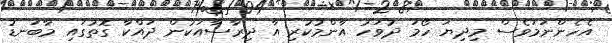
އެހެންނަމަވެސް މިދިޔަ ހޯމަ ދުވަހު އާންމުކުރި އާ ދިރާސާއަކުން ދައްކާ ގޮތުގައި މާބަނޑު